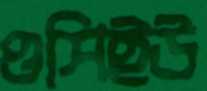
ওসিইউ